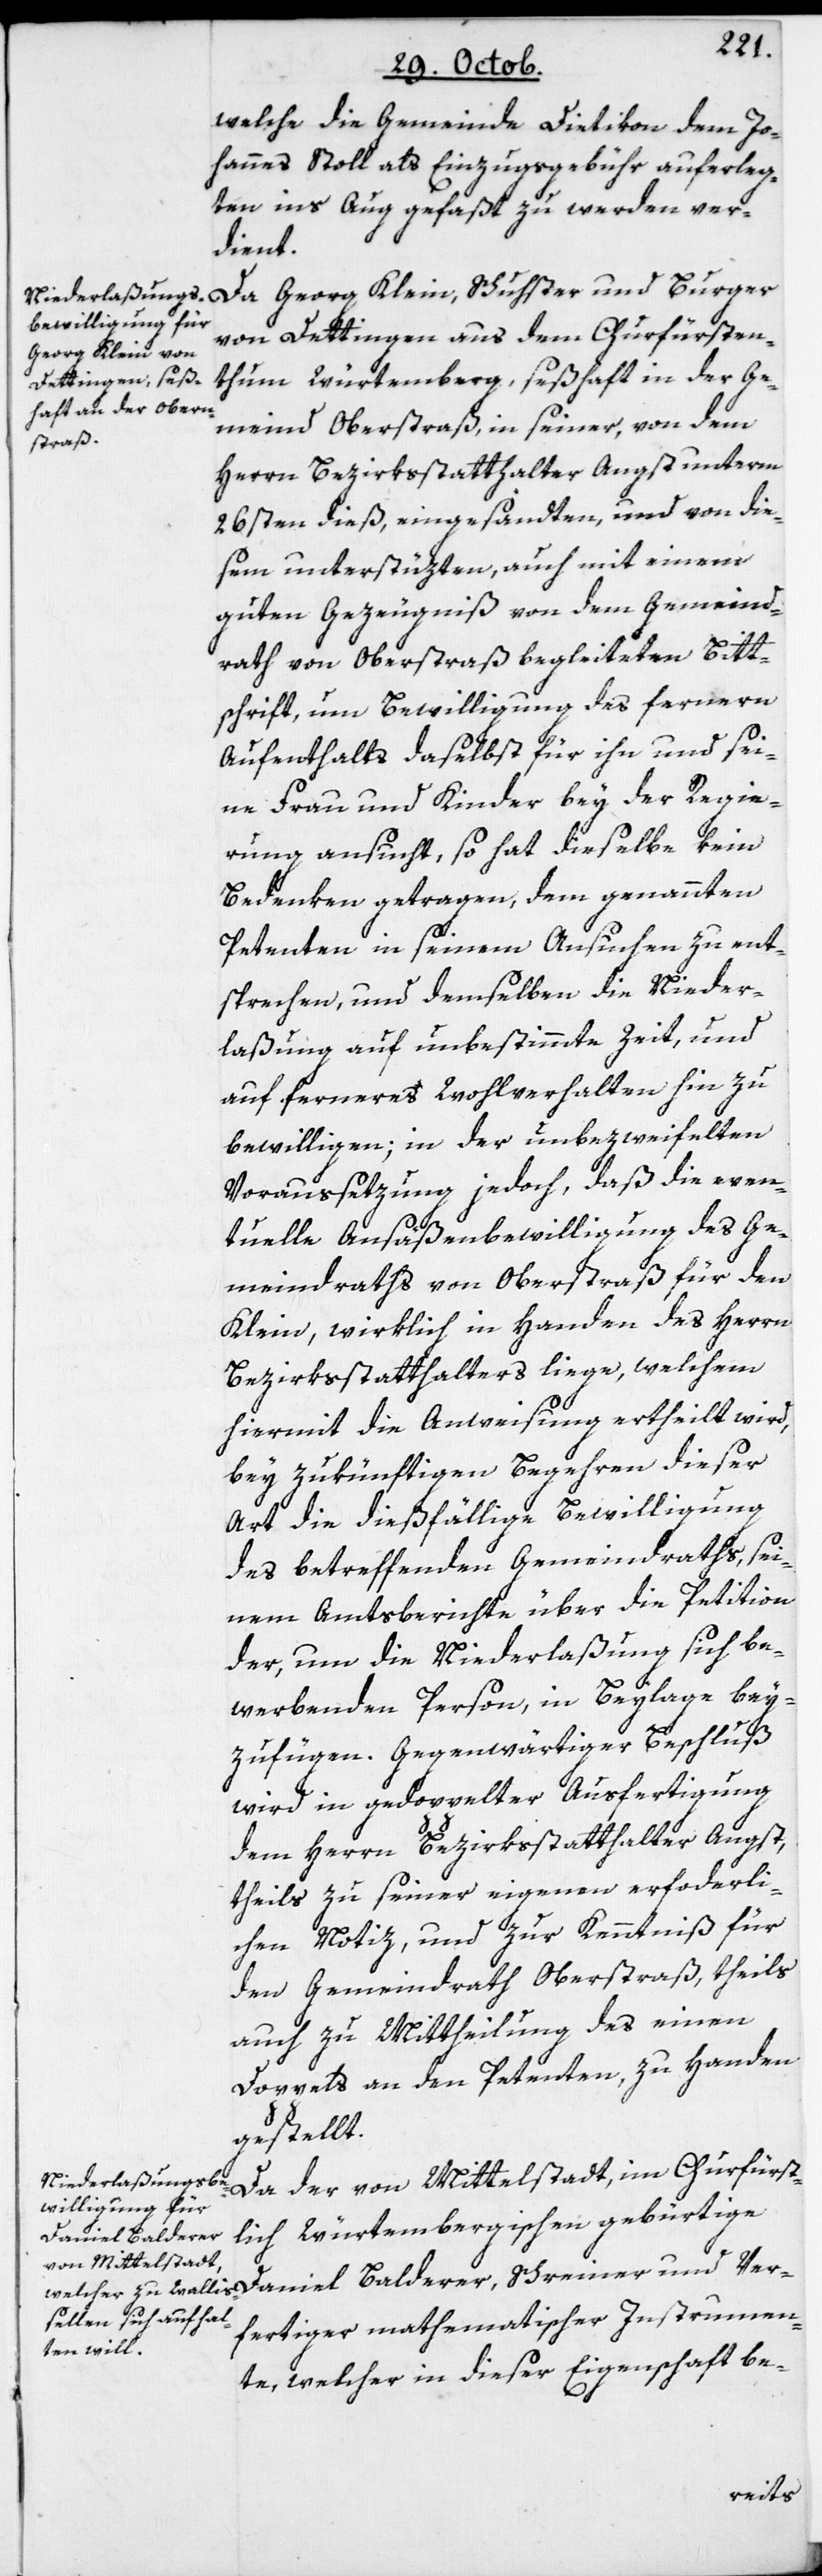
Ver¬
welche die Gemeinde Dietikon dem Jo¬
hannes Stoll als Einzugsgebühr auferleg¬
ten, ins Aug gefaßt zu werden ver¬
dient.
Da Georg Klein, Schuster und Burger
von Dettingen aus dem Churfürsten¬
tum Würtemberg, seßhaft in der Ge¬
meind Oberstraß, in seiner, von dem
Herrn Bezirksstatthalter Angst unterm
26sten dieß, eingesandten und von die¬
sem unterstützten, auch mit einem
guten Gezeugniß von dem Gemeind¬
rath von Oberstraß begleiteten Bitt¬
schrift, um Bewilligung des fernern
Aufenthalts daselbst für ihn und sei¬
ne Frau und Kinder, bey der Regie¬
rung ansucht, so hat dieselbe kein
Bedenken getragen, dem genannten
Petenten in seinem Ansuchen zu ent¬
sprechen, und demselben die Nieder¬
laßung auf unbestimmte Zeit, und
auf ferneres Wohlverhalten hin, zu
bewilligen; in der unbezweifelten
Voraussetzung jedoch, daß die even¬
tuelle Ansäßenbewilligung des Ge¬
meindraths von Oberstraß für den
Klein, wirklich in Handen des Herrn
Bezirksstatthalters liege, welchem
hiermit die Anweisung ertheilt wird,
bey zukünftigen Begehren dieser
Art die dießfällige Bewilligung
des betreffenden Gemeindraths, sei¬
nem Amtsberichte über die Petition
der, um die Niederlaßung sich be¬
werbenden Person, in Beylage bey¬
zufügen. Gegenwärtiger Beschluß
wird in gedoppelter Ausfertigung
dem Herrn Bezirksstatthalter Angst,
theils zu seiner eigenen erforderli¬
chen Notiz, und zur Kenntniß für
den Gemeindrath Oberstraß, theils
auch zu Mittheilung des einen
Doppels an den Petenten, zu Handen
gestellt.
Da der von Mittelstadt, im Churfürst¬
lich Würtembergischen gebürtige
Daniel Balderer,
fertiger mathematischer Instrumen¬
te, welcher in dieser Eigenschaft be-